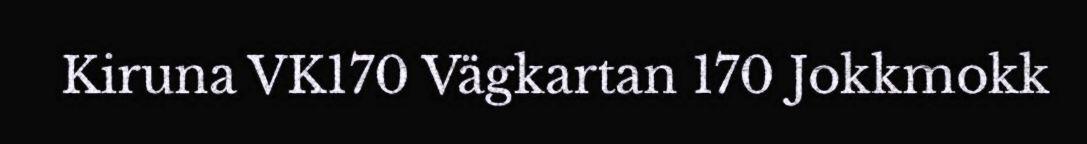
Kiruna VK170 Vägkartan 170 Jokkmokk